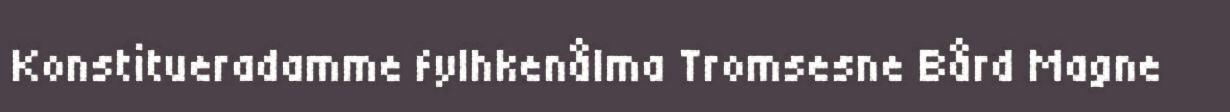
Konstitueradamme fylhkenålma Tromsesne Bård Magne